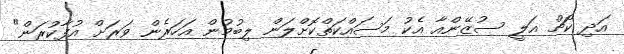
އަދި ކޯޗް އަލީ ސުޒޭންއާ އެކު މަސައްކަތްކޮށްލަން ލިބުމުން އަހަރެން ވަރަށް އުފާކުރަން"